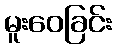
မူးဝေခြင်း